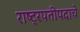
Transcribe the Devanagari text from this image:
राष्ट्रपतीपदाचे